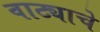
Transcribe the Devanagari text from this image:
वाट्याचे